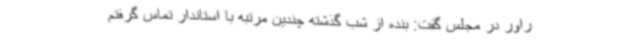
راور در مجلس گفت: بنده از شب گذشته چندین مرتبه با استاندار تماس گرفتم